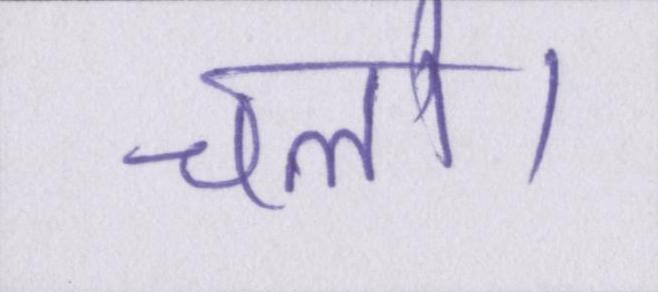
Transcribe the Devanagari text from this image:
चलो।